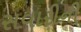
સવારીની